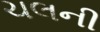
ચલની